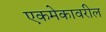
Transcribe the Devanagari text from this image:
एकमेकावरील